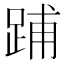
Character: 𨁏